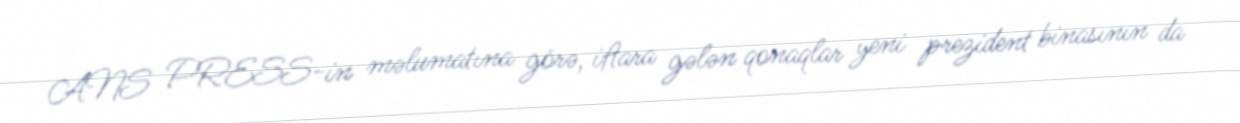
ANS PRESS-in məlumatına görə, iftara gələn qonaqlar yeni prezident binasının da